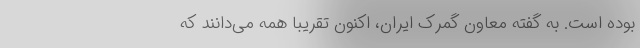
بوده است. به گفته معاون گمرک ایران، اکنون تقریباً همه می‌دانند که